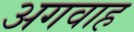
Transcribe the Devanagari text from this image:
अगवाह